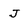
Character: J